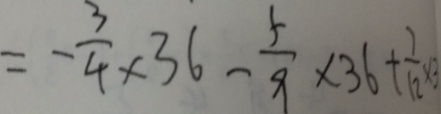
= - \frac { 3 } { 4 } \times 3 6 - \frac { 5 } { 9 } \times 3 6 + \frac { 7 } { 1 2 } \times 3